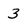
Character: 3